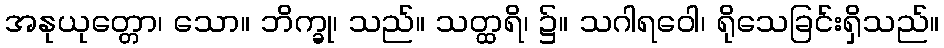
အနုယုတ္တော၊ သော။ ဘိက္ခု၊ သည်။ သတ္ထရိ၊ ၌။ သဂါရဝေါ၊ ရိုသေခြင်းရှိသည်။